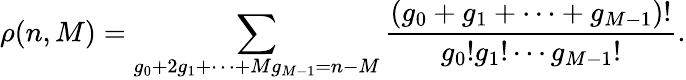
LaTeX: \rho(n,M)=\sum_{g_{0}+2g_{1}+\cdots+Mg_{M-1}=n-M}\frac{(g_{0}+g_{1}+\cdots+g_{M-1})!}{g_{0}!g_{1}!\cdots g_{M-1}!}.